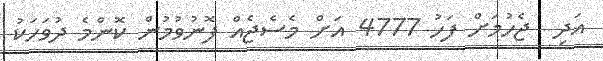
އަދި  ޖެހުމަށް ފަހު 4777 އަށް މެސެޖެއް ފޮނުވުމުން ކޮންމެ ދުވަހަކު